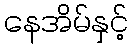
နေအိမ်နှင့်